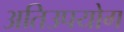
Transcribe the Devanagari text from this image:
अतिउपयोग